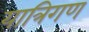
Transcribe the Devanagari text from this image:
यात्रिगण